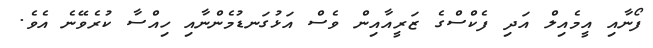
ފޯނާއި އީމެއިލް އަދި ފެކްސްގެ ޒަރީއާއިން ވެސް އަޅުގަނޑުމެންނާއި ހިއްސާ ކުރެވޭނެ އެވެ.